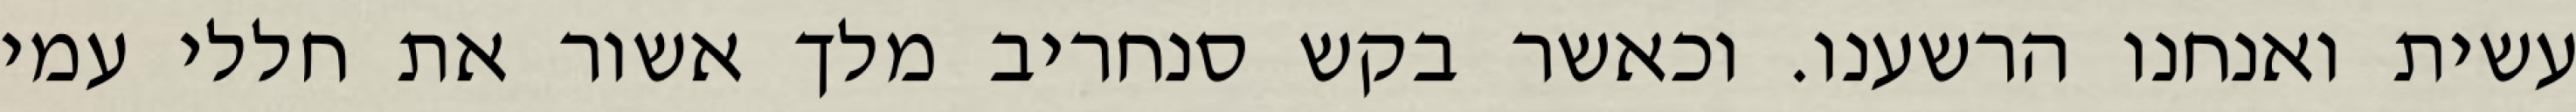
עשית ואנחנו הרשענו. וכאשר בקש סנחריב מלך אשור את חללי עמי